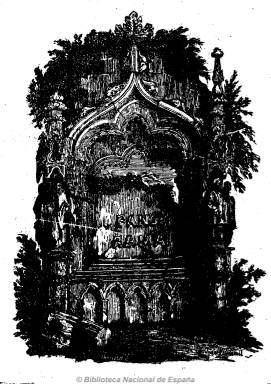
Título: El Panorama (Madrid. 1838)
Colección: Semanarios de amenidades
Ámbito geográfico: Madrid
Lugar de publicación: Madrid
Fechas: 29/03/1838-13/09/1841

Subtitulado “periódico de literatura y artes”, que después amplía a “periódico de moral literatura, teatros y modas”, es una de las publicaciones de carácter ilustrado que se suman al movimiento romántico y a una nueva generación de literatos españoles. Como continuadora de Siglo XIX (1837-1838), cuando esta cambia de empresa, aparece el 29 de marzo de 1838, y el siete de febrero de 1839 absorberá a El alba (1838-1839), cuando El panorama pasa a ser editada por otra nueva empresa.

Sus principales contenidos son textos de creación literaria: narraciones y cuentos de carácter histórico, morales, amorosos, fantásticos, etc., y composiciones poéticas. Así como artículos de costumbres y de divulgación histórica, de filosofía, moral, arte e historia natural, viajes, modas, biografía, antigüedades, educación, y actualidad literaria, teatral, cultural y social, y anécdotas.

Quizá sus primeros números fueron dirigidos por Francisco Fernández Villabrille, que fue también uno de sus colaboradores, para después ser dirigida por Manuel Antonio de las Heras (conde de Sanafé) y, desde el 12 de julio de 1840, por Agustín Azcona.

Uno de sus principales colaboradores fue el conde de Fabraquer, José Muñoz Maldonado (1807-1875), y en sus páginas aparecen también las firmas de Juan Nicasio Gallego, Patricio de la Escosura, Juan Varela, Fernando Fernández de Córdoba y Golfín, Francisco González Elipe, Ignacio José Escobar y Azcona, Juan Colom, Sansón Carrasco, Luis González Bravo, José Amador de los Ríos, Antonio Aparici y Guijarro, Javier de Burgos, Pedro Sabater, Manuel Cañete, Bonifacio Martínez, Julián Romea, José Somoza, Hartzenbusch y Campoamor, entre otros.

En sus ilustraciones predominan los dibujos y grabados de carácter histórico y costumbrista, así como los monumentos, edificios históricos y monumentales, vistas, paisajes pintorescos y de animales exóticos. Entre sus dibujantes y grabadores aparecen Antonio María Esquivel, Vicente López, Vicente Castelló, Juan Villaamil, Eusebio Lettre, Antonio Bravo, José María Mendizábal, José Elbó (1804-1844), Vicente Castelló (1815-1872) y Francisco de Paula Van Halen (1820-1887), entre otros.

Tuvo tres épocas o series. La primera, correspondiente a 1838, está formada por dos tomos, impresos por Narciso Sanchís, que también fue su primer editor responsable, y durante la misma publicó láminas fuera de texto. La segunda empieza en 1839 y está formada por cuatro tomos, impresos por I. Sancha y por su propia imprenta. Se conoce hasta su número 147, correspondiente al 13 de septiembre de 1841. Al principio tuvo una frecuencia semanal (jueves), en números de 16 páginas y foliación continuada, y al final apareció los días 1, 7, 23, 19 y 29 de cada mes, reduciendo su tamaño hasta las ocho páginas. También publicó aparte novelas por entregas, especialmente francesas. Publicó índices en cada tomo.